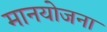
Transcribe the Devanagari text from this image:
मानयोजना